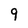
Character: 9